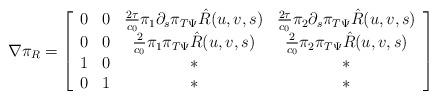
LaTeX: \begin{align*} \nabla \pi_R =\left[\begin{array}{cccc}0 & 0 & \frac{2\tau}{c_0}\pi_1\partial_s\pi_{T\Psi}\hat{R}(u, v, s) & \frac{2\tau}{c_0}\pi_2\partial_s\pi_{T\Psi}\hat{R}(u, v, s) \\0 & 0 & \frac{2}{c_0}\pi_1\pi_{T\Psi}\hat{R}(u, v, s) & \frac{2}{c_0}\pi_2\pi_{T\Psi}\hat{R}(u, v, s) \\1 & 0 & * & * \\0 & 1 & * & *\end{array}\right]\end{align*}